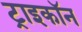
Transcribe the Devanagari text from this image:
ट्राइकॉन